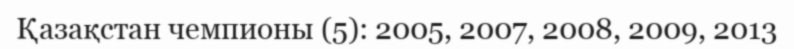
Қазақстан чемпионы (5): 2005, 2007, 2008, 2009, 2013